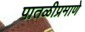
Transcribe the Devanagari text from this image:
पातळीप्रमाणे